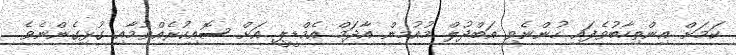
ކަމަށް އިންތިހާބުވެފައި ހުންނެވި އަބްދުލް މުއުމިން އާދަމް އެމްޑީޕީ އަށް ސޮއިކުރެއްވުމާއި ގުޅިގެންނެވެ.